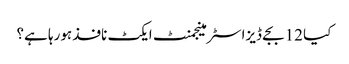
کیا 12 بجے ڈیزاسٹر مینجمنٹ ایکٹ نافذ ہورہا ہے؟